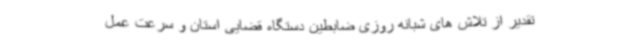
تقدیر از تلاش های شبانه روزی ضابطین دستگاه قضایی استان و سرعت عمل